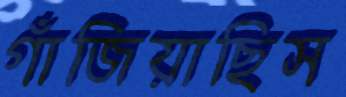
গাঁজিয়াছিস